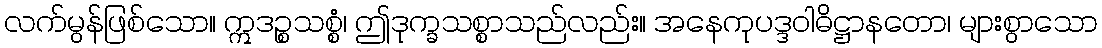
လက်မွန်ဖြစ်သော။ ဣဒဉ္စသစ္စံ၊ ဤဒုက္ခသစ္စာသည်လည်း။ အနေကုပဒ္ဒဝါဓိဋ္ဌာနတော၊ များစွာသော